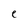
Character: e